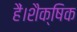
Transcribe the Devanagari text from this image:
हैं।शैक्षिक